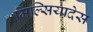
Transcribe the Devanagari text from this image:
मिल्सियादेस